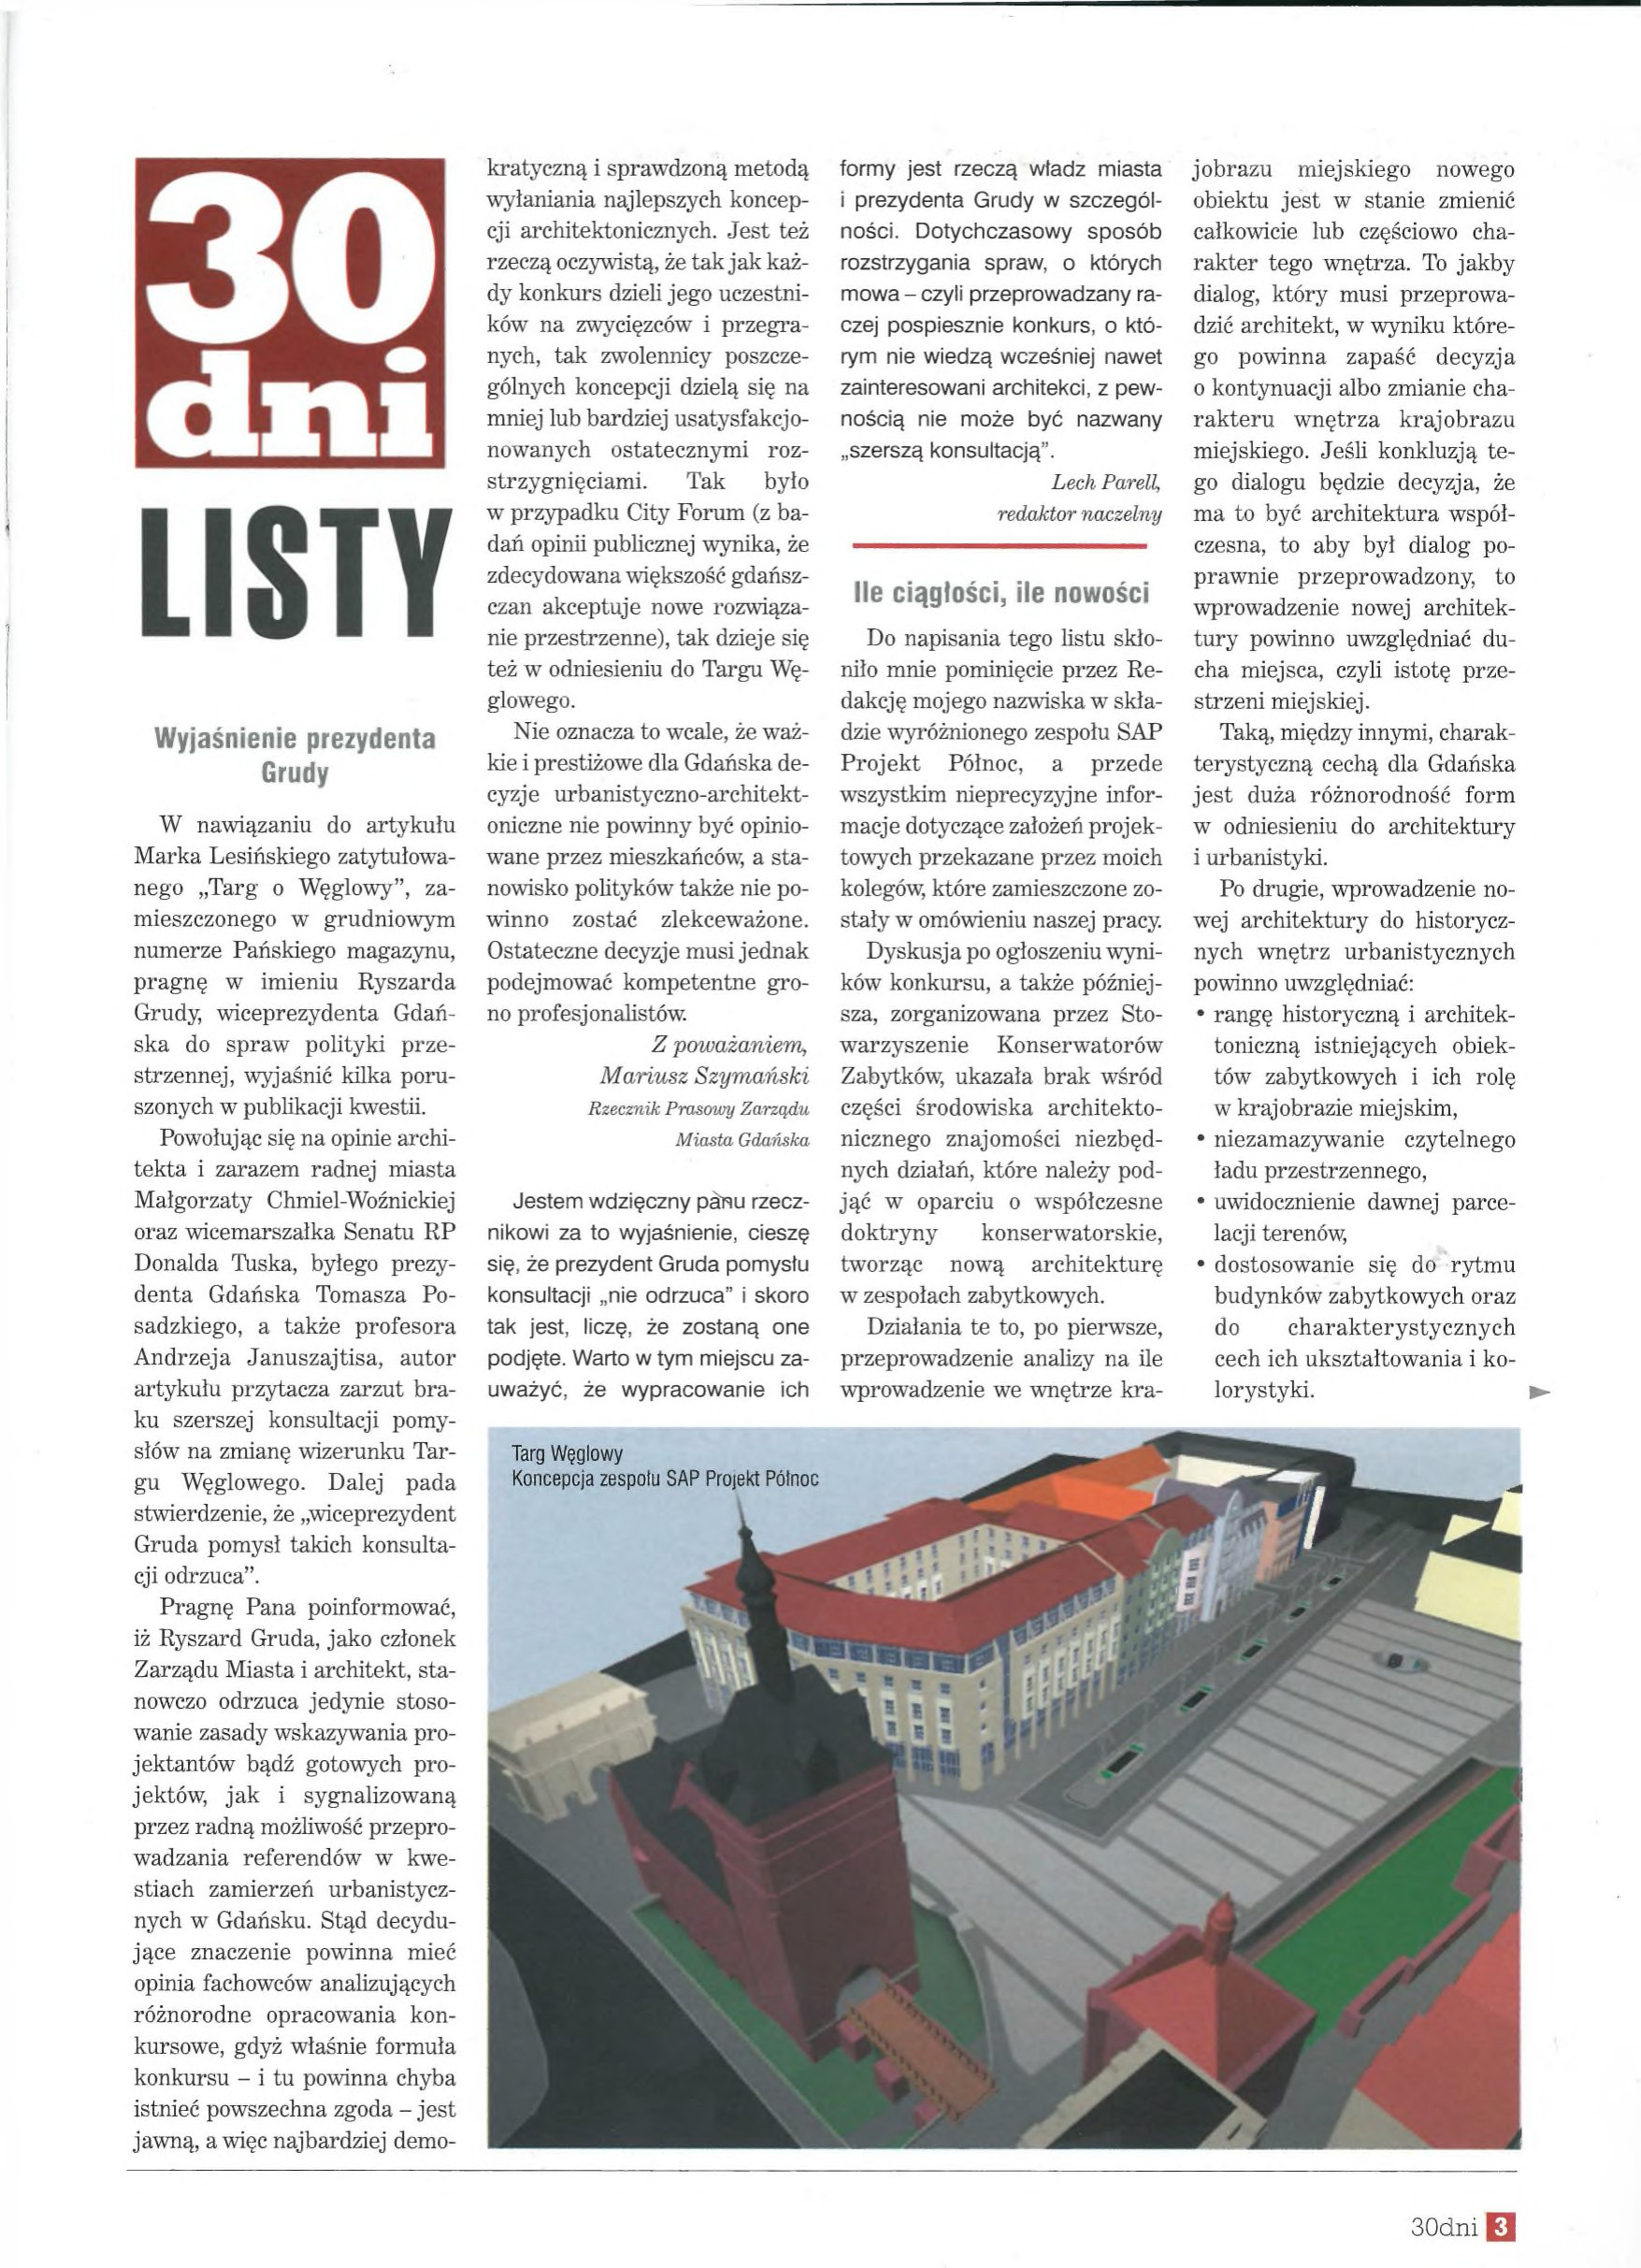
Language: pl